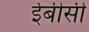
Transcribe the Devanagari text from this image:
ईबीसी